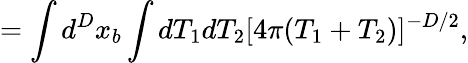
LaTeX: =\int d^{D}x_{b}\int dT_{1}dT_{2}[4\pi(T_{1}+T_{2})]^{-D/2},